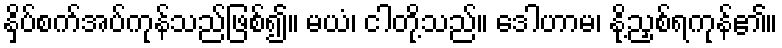
နှိပ်စက်အပ်ကုန်သည်ဖြစ်၍။ မယံ၊ ငါတို့သည်။ ဒေါဟာမ၊ နို့ညှစ်ရကုန်၏။